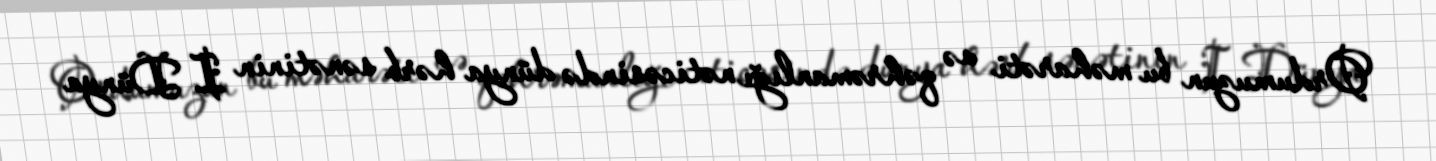
Ordumuzun bu məharəti və qəhrəmanlığı nəticəsində dünya hərb sənətinin I Dünya